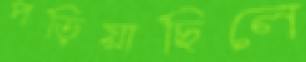
পড়িয়াছিলে